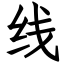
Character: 线